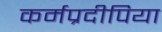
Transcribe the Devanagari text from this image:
कर्मप्रदीपिया